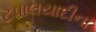
ટપાલયાદીના